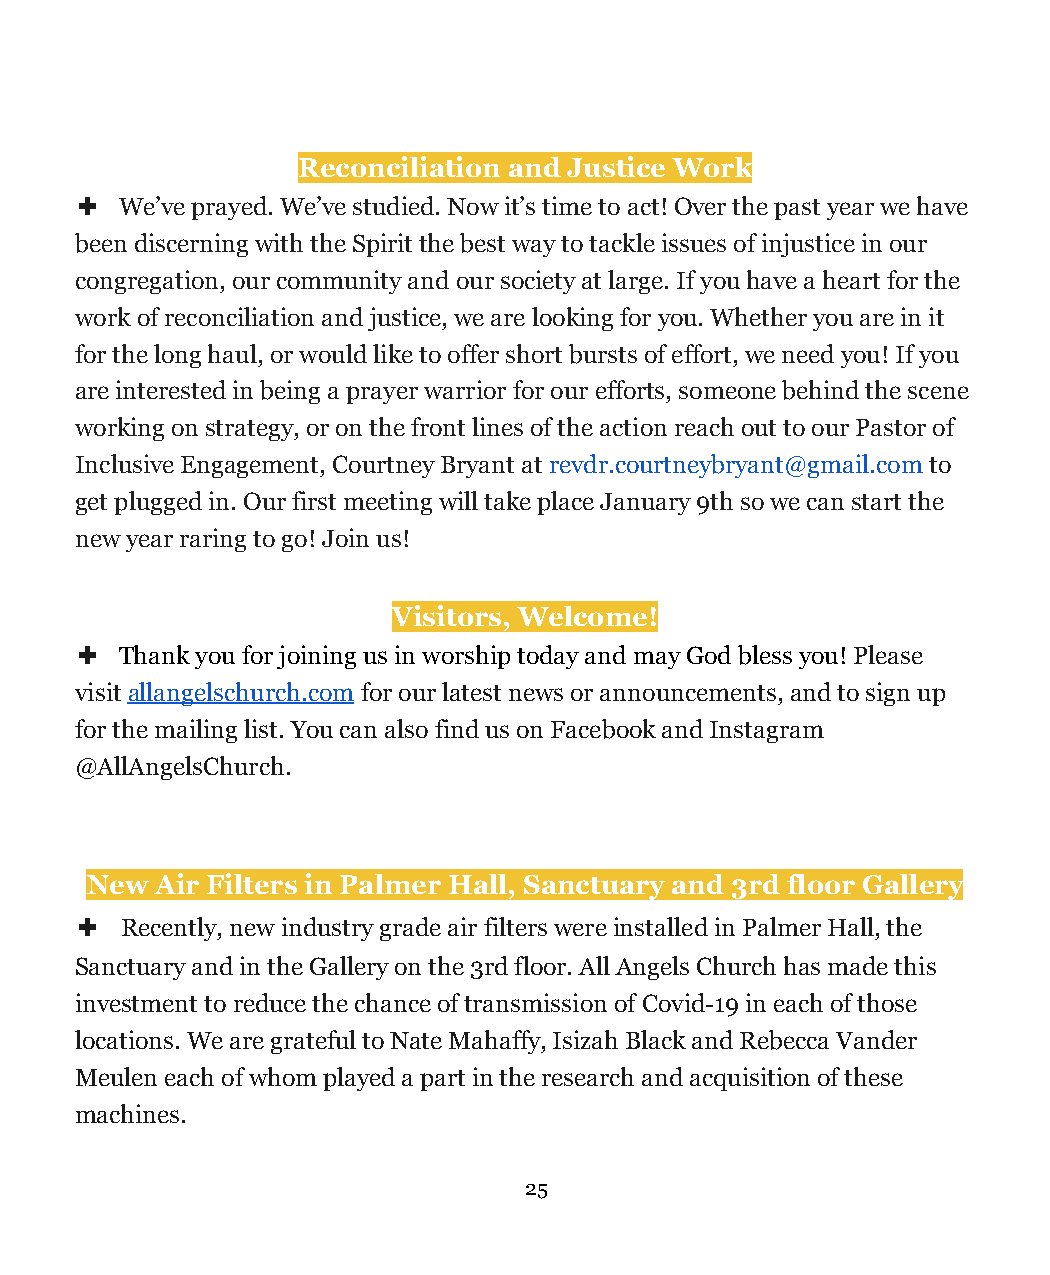
Reconciliation and Justice Work
 ✚  We’ve prayed. We’ve studied. Now it’s time toact!Over the past year we have
 been discerning with the Spirit the best way to tackle issues of injustice in our
 congregation, our community and our society at large. If you have a heart for the
 work of reconciliation and justice, we are looking for you. Whether you are in it
 for the long haul, or would like to offer short bursts of effort, we need you! If you
 are interested in being a prayer warrior for our efforts, someone behind the scene
 working on strategy, or on the front lines of the action reach out to our Pastor of
 Inclusive Engagement, Courtney Bryant atrevdr.courtneybryant@gmail.comto
 get plugged in. Our first meeting will take place January 9th so we can start the
 new year raring to go! Join us!
 Visitors, Welcome!
 ✚  Thank you for joining us in worship today andmay God bless you!Please
 visitallangelschurch.comfor our latest news or announcements,and to sign up
 for the mailing list. You can also find us on Facebook and Instagram
 @AllAngelsChurch.
 New Air Filters in Palmer Hall, Sanctuary and 3rd floor Gallery
 ✚  Recently, new industry grade air filters wereinstalled in Palmer Hall, the
 Sanctuary and in the Gallery on the 3rd floor. All Angels Church has made this
 investment to reduce the chance of transmission of Covid-19 in each of those
 locations. We are grateful to Nate Mahaffy, Isizah Black and Rebecca Vander
 Meulen each of whom played a part in the research and acquisition of these
 machines.
 25